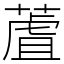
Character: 蔖